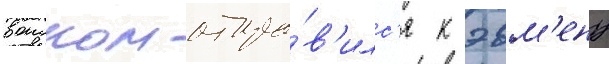
воиском отпра́в'илс'я к эвм'ену